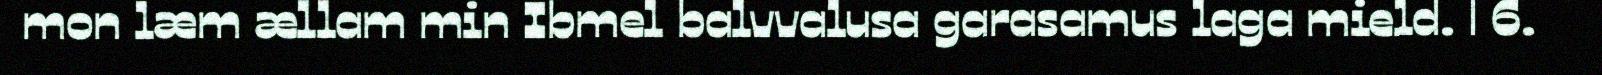
mon læm ællam min Ibmel balvvalusa garasamus laga mield. | 6.